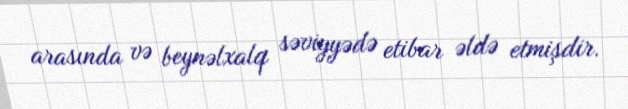
arasında və beynəlxalq səviyyədə etibar əldə etmişdir.